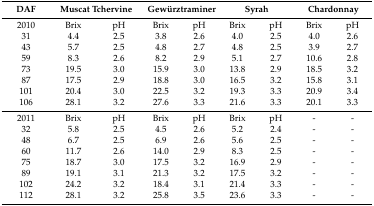
<table><thead><tr><td><b>DAF</b></td><td colspan="2"><b>Muscat Tchervine </b></td><td colspan="2"><b>Gewürztraminer</b></td><td colspan="2"><b>Syrah</b></td><td colspan="2"><b>Chardonnay</b></td></tr></thead><tbody><tr><td>2010</td><td>Brix</td><td>pH</td><td>Brix</td><td>pH</td><td>Brix</td><td>pH</td><td>Brix</td><td>pH</td></tr><tr><td>31</td><td>4.4</td><td>2.5 </td><td>3.8 </td><td>2.6 </td><td>4.0 </td><td>2.5 </td><td>4.0 </td><td>2.6 </td></tr><tr><td>43</td><td>5.7</td><td>2.5 </td><td>4.8 </td><td>2.7 </td><td>4.8 </td><td>2.5 </td><td>3.9 </td><td>2.7 </td></tr><tr><td>59</td><td>8.3</td><td>2.6 </td><td>8.2 </td><td>2.9 </td><td>5.1 </td><td>2.7 </td><td>10.6 </td><td>2.8 </td></tr><tr><td>73</td><td>19.5</td><td>3.0 </td><td>15.9 </td><td>3.0 </td><td>13.8 </td><td>2.9 </td><td>18.5 </td><td>3.2 </td></tr><tr><td>87</td><td>17.5</td><td>2.9 </td><td>18.8 </td><td>3.0 </td><td>16.5 </td><td>3.2 </td><td>15.8 </td><td>3.1 </td></tr><tr><td>101</td><td>20.4</td><td>3.0 </td><td>22.5 </td><td>3.2 </td><td>19.3 </td><td>3.3 </td><td>20.9 </td><td>3.4 </td></tr><tr><td>106</td><td>28.1</td><td>3.2 </td><td>27.6 </td><td>3.3 </td><td>21.6 </td><td>3.3 </td><td>20.1 </td><td>3.3 </td></tr><tr><td>2011</td><td>Brix</td><td>pH</td><td>Brix</td><td>pH</td><td>Brix</td><td>pH</td><td>-</td><td>-</td></tr><tr><td>32</td><td>5.8</td><td>2.5 </td><td>4.5 </td><td>2.6 </td><td>5.2 </td><td>2.4 </td><td>-</td><td>-</td></tr><tr><td>48</td><td>6.7</td><td>2.5 </td><td>6.9 </td><td>2.6 </td><td>5.6 </td><td>2.5 </td><td>-</td><td>-</td></tr><tr><td>60</td><td>11.7</td><td>2.6 </td><td>14.0 </td><td>2.9 </td><td>8.3 </td><td>2.5 </td><td>-</td><td>-</td></tr><tr><td>75</td><td>18.7</td><td>3.0 </td><td>17.5 </td><td>3.2 </td><td>16.9 </td><td>2.9 </td><td>-</td><td>-</td></tr><tr><td>89</td><td>19.1</td><td>3.1 </td><td>21.3 </td><td>3.2 </td><td>17.5 </td><td>3.2 </td><td>-</td><td>-</td></tr><tr><td>102</td><td>24.2</td><td>3.2 </td><td>18.4 </td><td>3.1 </td><td>21.4 </td><td>3.3 </td><td>-</td><td>-</td></tr><tr><td>112</td><td>28.1</td><td>3.2 </td><td>25.8 </td><td>3.5 </td><td>23.6 </td><td>3.3 </td><td>-</td><td>-</td></tr></tbody></table>